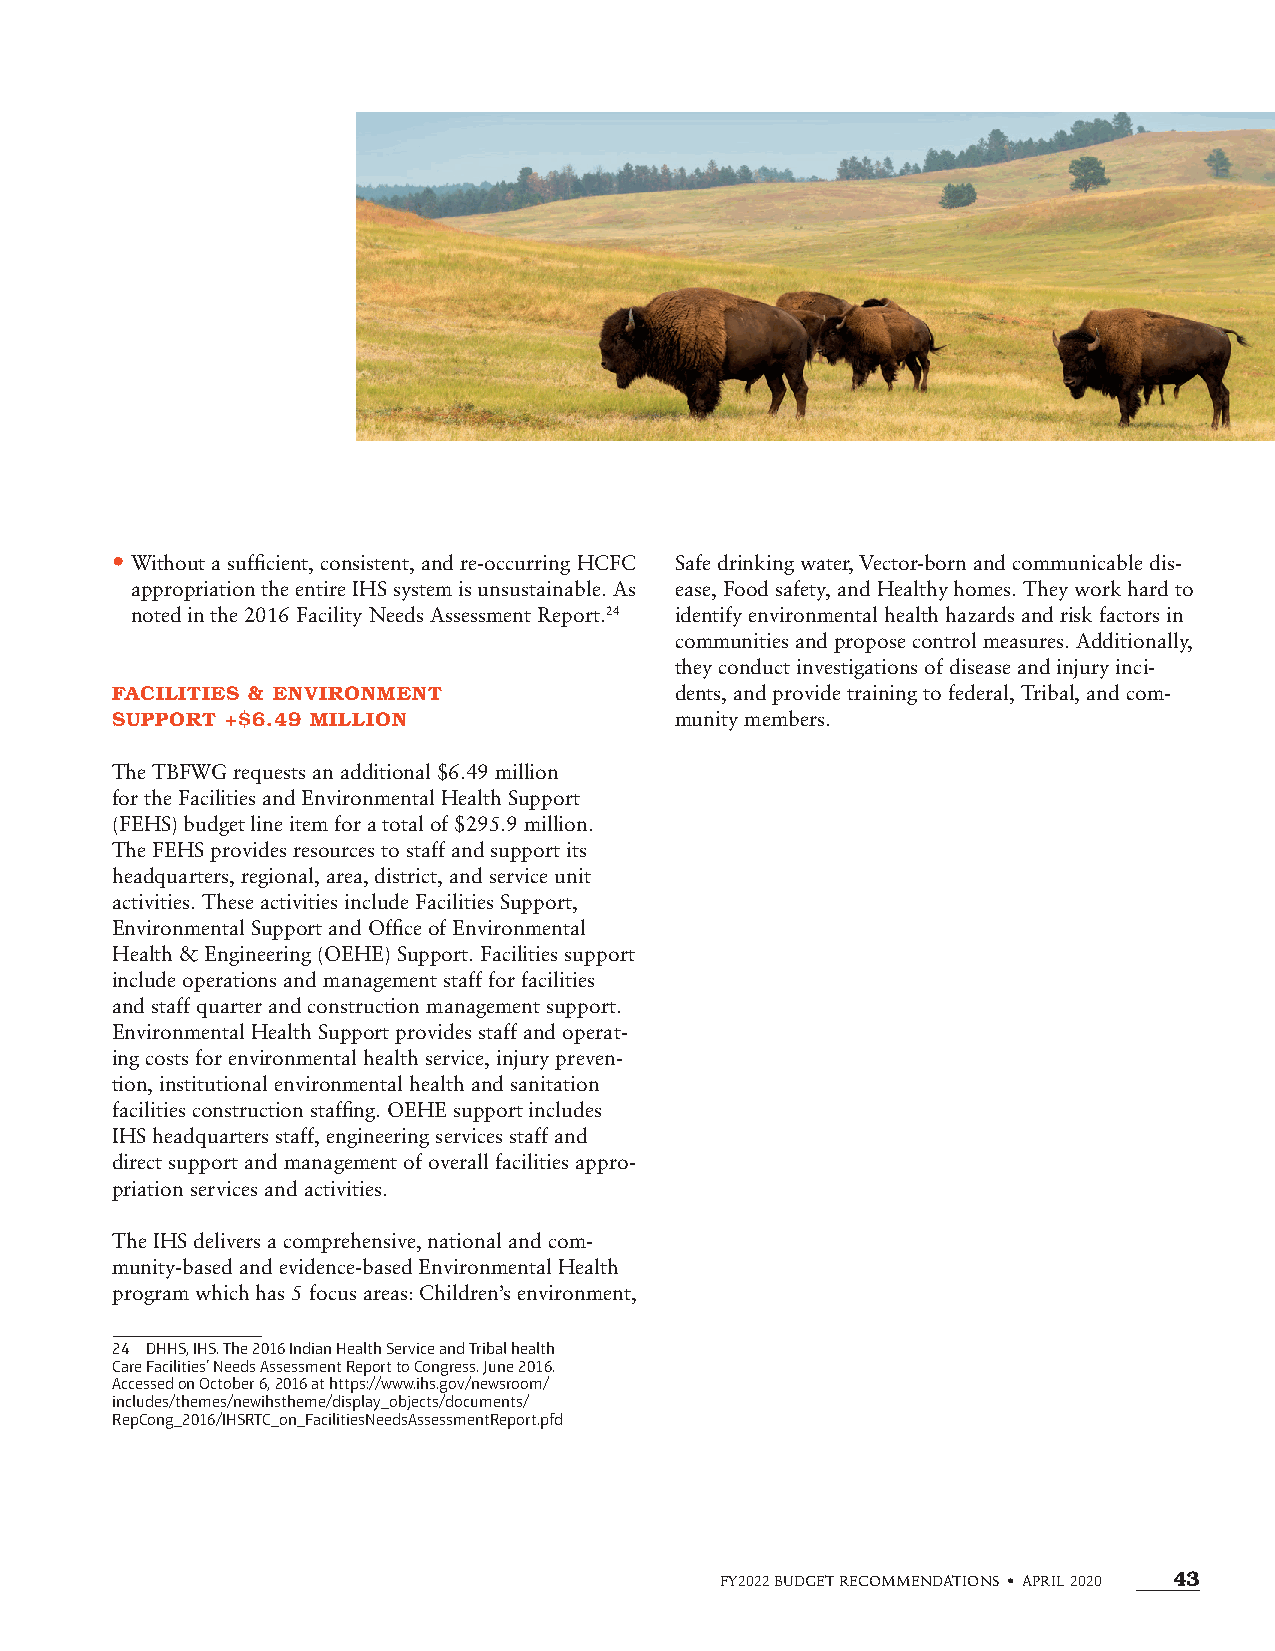
• Without a sufficient, consistent, and re-occurring HCFC Safe drinking water, Vector-born and communicable dis-
 appropriation the entire IHS system is unsustainable. As ease, Food safety, and Healthy homes. They work hard to
 noted in the 2016 Facility Needs Assessment Report.24 identify environmental health hazards and risk factors in
 communities and propose control measures. Additionally,
 they conduct investigations of disease and injury inci-
 FACILITIES & ENVIRONMENT              dents, and provide training to federal, Tribal, and com-
 SUPPORT +$6.49 MILLION                munity members.
 The TBFWG requests an additional $6.49 million
 for the Facilities and Environmental Health Support
 (FEHS) budget line item for a total of $295.9 million.
 The FEHS provides resources to staff and support its
 headquarters, regional, area, district, and service unit
 activities. These activities include Facilities Support,
 Environmental Support and Office of Environmental
 Health & Engineering (OEHE) Support. Facilities support
 include operations and management staff for facilities
 and staff quarter and construction management support.
 Environmental Health Support provides staff and operat-
 ing costs for environmental health service, injury preven-
 tion, institutional environmental health and sanitation
 facilities construction staffing. OEHE support includes
 IHS headquarters staff, engineering services staff and
 direct support and management of overall facilities appro-
 priation services and activities.
 The IHS delivers a comprehensive, national and com-
 munity-based and evidence-based Environmental Health
 program which has 5 focus areas: Children’s environment,
 24 DHHS, IHS. The 2016 Indian Health Service and Tribal health
 Care Facilities’ Needs Assessment Report to Congress. June 2016.
 Accessed on October 6, 2016 at https://www.ihs.gov/newsroom/
 includes/themes/newihstheme/display_objects/documents/
 RepCong_2016/IHSRTC_on_FacilitiesNeedsAssessmentReport.pfd
 FY2022 BUDGET RECOMMENDATIONS • APRIL 2020 43